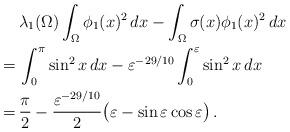
LaTeX: \begin{align*} \hphantom{=} & \,\lambda_1(\Omega)\int_\Omega \phi_1(x)^2\,dx-\int_\Omega\sigma(x)\phi_1(x)^2\,dx\\= & \,\int_0^\pi \sin^2 x\,dx -\varepsilon^{-29/10} \int_0^\varepsilon \sin^2 x\,dx \\= & \,\frac{\pi}{2}-\frac{\varepsilon^{-29/10}}{2}\big( \varepsilon-\sin\varepsilon\cos\varepsilon\big)\,.\end{align*}